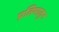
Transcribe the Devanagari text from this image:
प्रतिमातुन